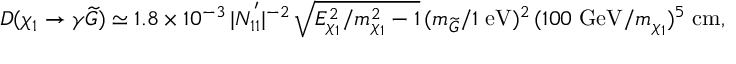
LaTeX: D ( \chi _ { 1 } \rightarrow \gamma \widetilde { G } ) \simeq 1 . 8 \times 1 0 ^ { - 3 } \, | N _ { 1 1 } ^ { ' } | ^ { - 2 } \, \sqrt { E _ { \chi _ { 1 } } ^ { 2 } / m _ { \chi _ { 1 } } ^ { 2 } - 1 } \, ( m _ { \widetilde { G } } / 1 \; \mathrm { e V } ) ^ { 2 } \, ( 1 0 0 \; \mathrm { G e V } / m _ { \chi _ { 1 } } ) ^ { 5 } \; \mathrm { c m } ,